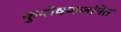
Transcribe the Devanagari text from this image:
कुपोषणजनित